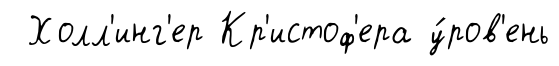
Холл'инг'ер Кр'истоф'ера у́ров'ень